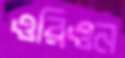
ওরিওন